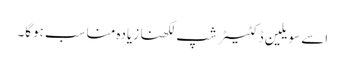
اسے سویلین ڈکٹیٹرشپ لکھنا زیادہ مناسب ہوگا۔